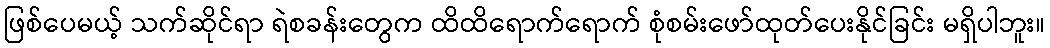
ဖြစ်ပေမယ့် သက်ဆိုင်ရာ ရဲစခန်းတွေက ထိထိရောက်ရောက် စုံစမ်းဖော်ထုတ်ပေးနိုင်ခြင်း မရှိပါဘူး။